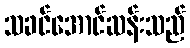
သခင်အောင်ဆန်းသည်